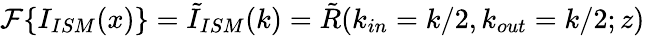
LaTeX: \mathcal{F}\{ I_{ISM}(x)\} =\tilde{I}_{ISM}(k)=\tilde{R}(k_{in}=k/2,k_{out}=k/2;z)